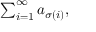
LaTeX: \textstyle \sum _ { i = 1 } ^ { \infty } a _ { \sigma ( i ) } ,